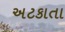
અટકાતા